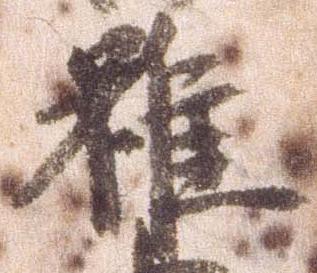
雖